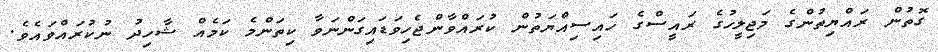
ގޮތުން ރައްޔިތުންގެ މަޖިލީހުގެ ރައީސްގެ ހައިސިއްޔަތުން ކުރައްވާންޖެހިވަޑައިގަންނަވާ ކިތަންމެ ކަމެއް ޝާހިދު ނުކުރައްވައެވެ.